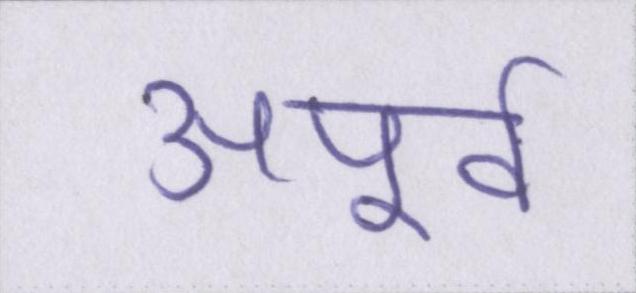
अपूर्व